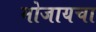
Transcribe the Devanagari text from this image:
मोजायचा